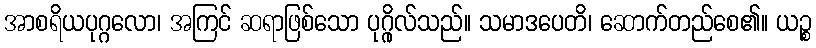
အာစရိယပုဂ္ဂလော၊ အကြင် ဆရာဖြစ်သော ပုဂ္ဂိုလ်သည်။ သမာဒပေတိ၊ ဆောက်တည်စေ၏။ ယဉ္စ